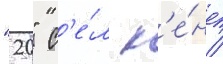
"20" с'е́л к'е́нт /